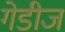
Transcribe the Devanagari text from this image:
गेडीज